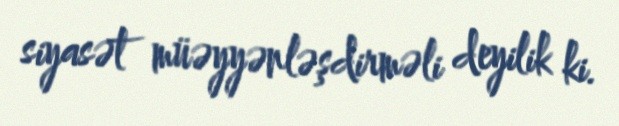
siyasət müəyyənləşdirməli deyilik ki.